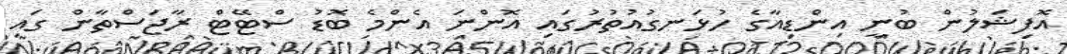
އޮފިޝަލުން ބުނީ އިންޑިއާގެ ހުޅަނގުއުތުރުގައި އޮންނަ އެންމެ ބޮޑު ސްޓޭޓް ރާޖަސްތާން ގައި